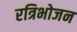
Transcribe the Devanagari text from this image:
रत्रिभोजन